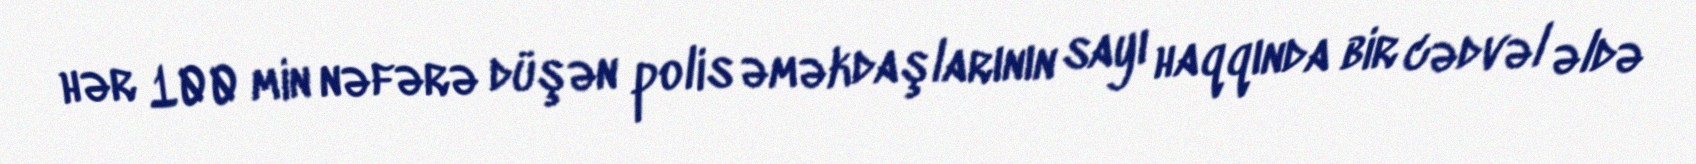
hər 100 min nəfərə düşən polis əməkdaşlarının sayı haqqında bir cədvəl əldə